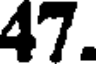
47.